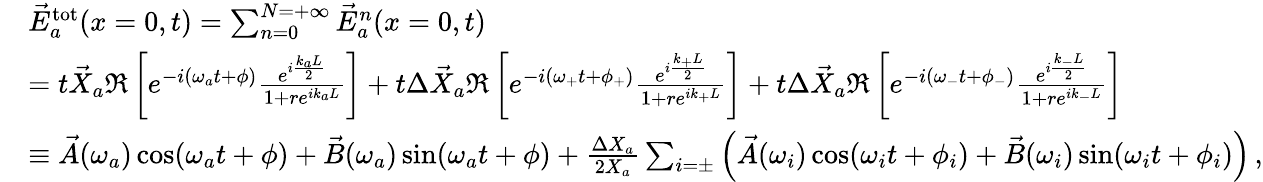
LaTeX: \begin{array}{rl}&{\vec{E}_{a}^{\mathrm{tot}}(x=0,t)=\sum_{n=0}^{N=+\infty}\vec{E}_{a}^{n}(x=0,t)\, }\\ &{=t\vec{X}_{a}\Re\left[e^{-i(\omega_{a}t+\phi)}\frac{e^{i\frac{k_{a}L}{2}}}{1+re^{ik_{a}L}}\right]+t\Delta\vec{X}_{a}\Re\left[e^{-i(\omega_{+}t+\phi_{+})}\frac{e^{i\frac{k_{+}L}{2}}}{1+re^{ik_{+}L}}\right]+t\Delta\vec{X}_{a}\Re\left[e^{-i(\omega_{-}t+\phi_{-})}\frac{e^{i\frac{k_{-}L}{2}}}{1+re^{ik_{-}L}}\right]\, }\\ &{\equiv\vec{A}(\omega_{a})\cos(\omega_{a}t+\phi)+\vec{B}(\omega_{a})\sin(\omega_{a}t+\phi)+\frac{\Delta X_{a}}{2X_{a}}\sum_{i=\pm}\left(\vec{A}(\omega_{i})\cos(\omega_{i}t+\phi_{i})+\vec{B}(\omega_{i})\sin(\omega_{i}t+\phi_{i})\right)\, ,}\end{array}